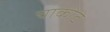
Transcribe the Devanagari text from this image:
चाकोटे